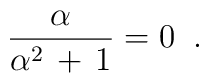
\frac{\alpha}{\alpha^2\,+\,1}=0\;\;.